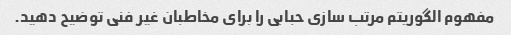
مفهوم الگوریتم مرتب سازی حبابی را برای مخاطبان غیر فنی توضیح دهید.